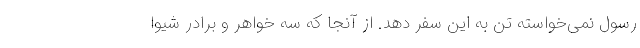
رسول نمی‌خواسته تن به این سفر دهد. از آنجا که سه خواهر و برادر شیوا